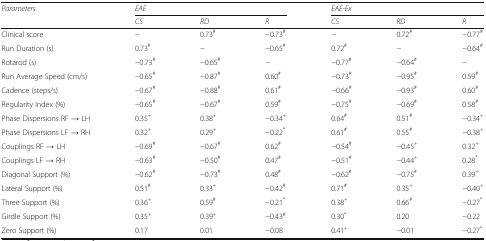
<table><thead><tr><td rowspan="2"><b><i>Parameters</i></b></td><td colspan="3"><b><i>EAE</i></b></td><td colspan="3"><b><i>EAE-Ex</i></b></td></tr><tr><td><b><i>CS</i></b></td><td><b><i>RD</i></b></td><td><b><i>R</i></b></td><td><b><i>CS</i></b></td><td><b><i>RD</i></b></td><td><b><i>R</i></b></td></tr></thead><tbody><tr><td>Clinical score</td><td>−</td><td>0.73<sup>#</sup></td><td>−0.73<sup>#</sup></td><td>−</td><td>0.72<sup>#</sup></td><td>−0.77<sup>#</sup></td></tr><tr><td>Run Duration (s)</td><td>0.73<sup>#</sup></td><td>−</td><td>−0.65<sup>#</sup></td><td>0.72<sup>#</sup></td><td>−</td><td>−0.64<sup>#</sup></td></tr><tr><td>Rotarod (s)</td><td>−0.73<sup>#</sup></td><td>−0.65<sup>#</sup></td><td>−</td><td>−0.77<sup>#</sup></td><td>−0.64<sup>#</sup></td><td>−</td></tr><tr><td>Run Average Speed (cm/s)</td><td>−0.65<sup>#</sup></td><td>−0.87<sup>#</sup></td><td>0.60<sup>#</sup></td><td>−0.73<sup>#</sup></td><td>−0.95<sup>#</sup></td><td>0.59<sup>#</sup></td></tr><tr><td>Cadence (steps/s)</td><td>−0.67<sup>#</sup></td><td>−0.88<sup>#</sup></td><td>0.61<sup>#</sup></td><td>−0.66<sup>#</sup></td><td>−0.93<sup>#</sup></td><td>0.60<sup>#</sup></td></tr><tr><td>Regularity Index (%)</td><td>−0.65<sup>#</sup></td><td>−0.67<sup>#</sup></td><td>0.59<sup>#</sup></td><td>−0.75<sup>#</sup></td><td>−0.69<sup>#</sup></td><td>0.58<sup>#</sup></td></tr><tr><td>Phase Dispersions RF → LH</td><td>0.35<sup>+</sup></td><td>0.38<sup>+</sup></td><td>−0.34<sup>+</sup></td><td>0.64<sup>#</sup></td><td>0.51<sup>#</sup></td><td>−0.34<sup>+</sup></td></tr><tr><td>Phase Dispersions LF → RH</td><td>0.32<sup>+</sup></td><td>0.29<sup>+</sup></td><td>−0.22<sup>*</sup></td><td>0.61<sup>#</sup></td><td>0.55<sup>#</sup></td><td>−0.38<sup>+</sup></td></tr><tr><td>Couplings RF → LH</td><td>−0.69<sup>#</sup></td><td>−0.67<sup>#</sup></td><td>0.62<sup>#</sup></td><td>−0.54<sup>#</sup></td><td>−0.45<sup>+</sup></td><td>0.32<sup>+</sup></td></tr><tr><td>Couplings LF → RH</td><td>−0.63<sup>#</sup></td><td>−0.50<sup>#</sup></td><td>0.47<sup>#</sup></td><td>−0.51<sup>#</sup></td><td>−0.44<sup>+</sup></td><td>0.28<sup>*</sup></td></tr><tr><td>Diagonal Support (%)</td><td>−0.62<sup>#</sup></td><td>−0.73<sup>#</sup></td><td>0.48<sup>#</sup></td><td>−0.62<sup>#</sup></td><td>−0.75<sup>#</sup></td><td>0.39<sup>+</sup></td></tr><tr><td>Lateral Support (%)</td><td>0.51<sup>#</sup></td><td>0.33<sup>+</sup></td><td>−0.42<sup>#</sup></td><td>0.71<sup>#</sup></td><td>0.35<sup>+</sup></td><td>−0.40<sup>+</sup></td></tr><tr><td>Three Support (%)</td><td>0.36<sup>+</sup></td><td>0.59<sup>#</sup></td><td>−0.21<sup>*</sup></td><td>0.38<sup>+</sup></td><td>0.66<sup>#</sup></td><td>−0.27<sup>*</sup></td></tr><tr><td>Girdle Support (%)</td><td>0.35<sup>+</sup></td><td>0.39<sup>+</sup></td><td>−0.43<sup>#</sup></td><td>0.30<sup>*</sup></td><td>0.20</td><td>−0.22</td></tr><tr><td>Zero Support (%)</td><td>0.17</td><td>0.01</td><td>−0.08</td><td>0.41<sup>+</sup></td><td>−0.01</td><td>−0.27<sup>*</sup></td></tr></tbody></table>